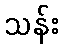
သန်း